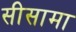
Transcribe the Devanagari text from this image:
सीसामा